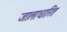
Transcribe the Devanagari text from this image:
जालाधारित